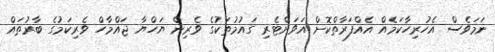
ނަމަވެސް އެހުރިހާކަމެއް އެއްފަރާތްކޮށް އަވަށްޓެރި ގައުމުތަކުގެ ވެރިން ޔަހްޔާ ޖައްމާހް ވެރިކަމުގެ ބާރުތައް